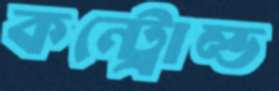
কন্ট্রোল্ড